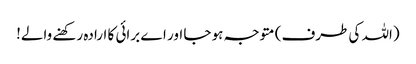
(اللہ کی طرف) متوجہ ہو جا اور اے برائی کا ارادہ رکھنے والے!